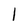
Character: 1